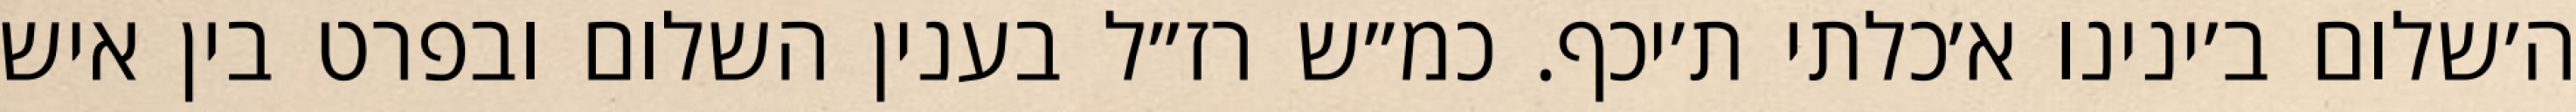
ה׳שלום ב׳ינינו א׳כלתי ת׳יכף. כמ״ש רז״ל בענין השלום ובפרט בין איש